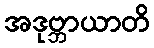
အဒုဗ္ဘာယာတိ